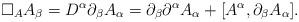
LaTeX: \begin{align*} \Box_A A_\beta = D^\alpha \partial_\beta A_\alpha = \partial_\beta \partial^\alpha A_\alpha +[A^\alpha,\partial_\beta A_\alpha].\end{align*}